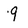
Character: 9